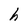
Character: h